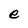
Character: e